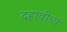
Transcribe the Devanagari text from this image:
दहावीचा